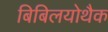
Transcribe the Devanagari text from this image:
बिबिलयोथैक